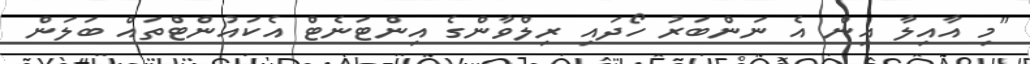
"މި އާއިލާ އިން އެ ނަންބަރު ހޯދައި ރިލްވާންގެ އިންޓަނެޓް އެކައުންޓްތައް ބަލަން